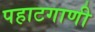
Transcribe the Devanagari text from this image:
पहाटगाणी